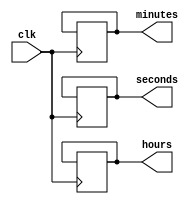
module binary_clock_divider (
    input wire clk,
    output reg [3:0] hours,
    output reg [5:0] minutes,
    output reg [5:0] seconds
);

reg [22:0] counter;

always @(posedge clk) begin
    counter <= counter + 1;
    
    // Update seconds every second
    if (counter == 50000000) begin
        seconds <= seconds + 1;
        counter <= 0;
        
        // Update minutes every 60 seconds
        if (seconds == 60) begin
            minutes <= minutes + 1;
            seconds <= 0;
            
            // Update hours every 60 minutes
            if (minutes == 60) begin
                hours <= hours + 1;
                minutes <= 0;
            end
        end
    end
end

endmodule